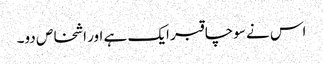
اس نے سوچا قبر ایک ہے اور اشخاص دو۔